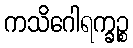
ကသိဂေါရက္ခဉ္စ